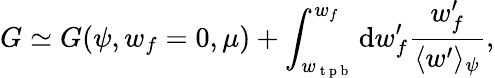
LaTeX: G\simeq G(\psi,w_{f}=0,\mu)+\int_{w_{\mathrm{~t~p~b~}}}^{w_{f}}\mathrm{d}w_{f}^{\prime}\frac{w_{f}^{\prime}}{\langle w^{\prime}\rangle_{\psi}},